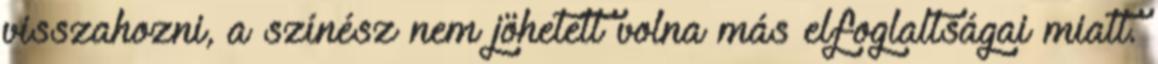
visszahozni, a színész nem jöhetett volna más elfoglaltságai miatt.